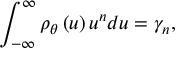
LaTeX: \int _ { - \infty } ^ { \infty } \rho _ { \theta } \left( u \right) u ^ { n } d u = \gamma _ { n } ,